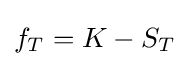
f_{T}=K-S_{T}